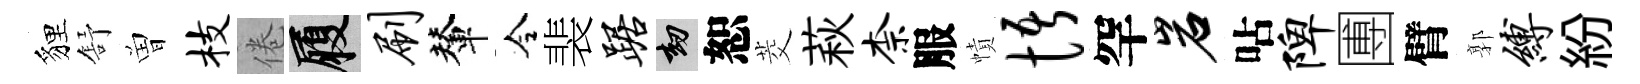
貍舒曽枝倦履刷輦令裴踞劫恕茭萩柰服幘悟罕岩呫陴圑臂郭缚紛